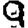
Digit: 9